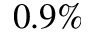
0 . 9 \%